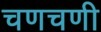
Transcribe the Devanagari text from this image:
चणचणी